Report on horse surra - Volume I
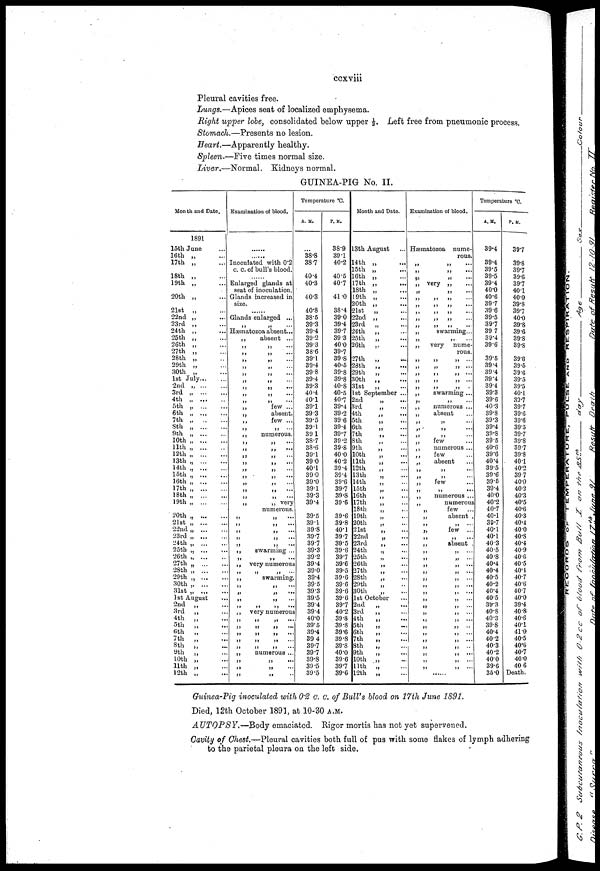
ccxviii
Pleural cavities free.
Lungs.—Apices seat of localized emphysema.
Right upper lobe, consolidated below upper ⅓. Left free from pneumonic process.
Stomach.—Presents no lesion.
Heart.—Apparently healthy.
Spleen.—Five times normal size.
Liver.—Normal. Kidneys normal.
GUINEA-PIG No. II.
Month and Date.
1891
15th June
16th „
17th „
18th „
19th „
20th „
...
21st „
22nd
23rd „
24th „
25th „
26th „
27th „
28th „
29th „
30th „
1st July...
2nd „
3rd „
4th ,
5th „
6th
7th „
8th „
9th
10th ,
11th „
12th
13th „
14th „
15th „
16th „
17th
18th ,
19th ,
20th „
21st
22nd „
23rd „
24th „
25th „
26th ,
27th „
28th „
29th „
30th ,
31st „
1st August
2nd „
3rd
4th
„
5th
„
6th
„
7th
„
8th
„
9th
„
10th „
11th „
12th „
Examination of blood.
......
Inoculated with 0.2
c. c. of bull's blood.
Enlarged glands at
seat of inoculation.
Glands increased in
size.
Glands enlarged ...
„ „ ....
Hæmatozoa absent...
„
absent ...
„ „ ...
„ „ ....
„ „ ....
„ „
„ „ ...
„
„
....
„
„
...
„
„
...
„
„
...
„
few ...
„
absent.
„
few ...
„
„
„
numerous.
„ „ ....
„ „ ....
„
„
....
„
„
....
„
„
....
„
„
....
„
„
....
„ „ .....
„
„
....
„
„
very
numerous.
„
„
....
„
„
...
„
„
....
„
„
....
„
„
....
„
swarming ...
„ „ .....
„ very numerous
„
„
„
„
swarming.
„
„
....
„
„
....
„
„
....
„
„
„
....
„ very numerous
„
„
„
....
„
„
„
....
„
„
„
....
„
„
„
....
„
„
„
....
„
numerous ...
„
„
....
„
„
....
„
„
Temperature °C.
A. M.
...
38.8
38.7
40.4
40.3
40.3
40.8
38.5
39.3
39.4
39.2
39.3
38.6
39.1
39.4
39 8
39.4
39.3
40.4
40.1
39.1
39.3
39.5
39.1
39.1
38.7
38.6
39.1
39 0
40.1
39.0
39.0
39.1
39.3
39.4
39.5
39.1
39.8
39.7
39.7
39.3
39.2
39.4
39.0
39.4
39.5
39.3
39.5
39.4
39.4
40.0
39.5
39.4
39 4
39.7
39.7
39.8
39.5
39.5
P.M.
38.9
39.1
40.2
40.5
40.7
41.0
38.4
39.0
39.4
39.7
39.3
40.0
39.7
39.8
40.6
39.8
39.8
40.8
40.5
40.7
39.4
39.2
39.6
39.4
39.7
39.2
39.8
40.0
40.2
39.4
39.4
39.6
39.7
39.8
39.6
39.6
39.8
40.1
39.7
39.5
39.6
39.7
39.6
39.5
39.6
39.6
39.6
39.6
39.7
40.2
39.8
39.8
39.6
39.8
39.8
40.0
39.6
39.7
39.6
Month and Date.
13th August
14th „
15th „
16th „
17th „
18th „
19th „
20th „
21st
„
22nd „
23rd
„
24th
„
25th
„
26th
„
27th
„
28th
„
29th
„
30th
„
31st
„
1st September ...
2nd
„
3rd
4th
5th
6th
„
7th
8th
9th
„
10th
„
11th
„
12th
„
13th
„
14th
„
15th
„
16th
17th
18th
19th
„
20th
„
21st
22nd
„
23rd
„
24th
„
25th
„
26th
„
27th
28th
„
29th
„
30th
„
1st October
2nd
„
3rd
„
4th
„
5th
„
6th
„
7th
„
8th
9th
„
10th „
11th
„
12th
„
Examination of blood.
Hæmatozoa nume¬
rous.
„
„
„
„
...
„
....
„
...
„ very „
„
„
„
„
„
„
„
„
„
„
„
„
„
„
„
„
„
„
„
„
„
„
„
„
„
„
„
„
„
„
„
„
„
„
„
„
„
„
„
„
„
„
„
„
„
„
„
„
„
„
„
„
„
„
„
.....
„ „
„
„
....
„
„
...
„
„
„
„
...
swarming...
„
...
very nume
rous.
„
„
„
„
...
„
„
....
„
„
....
„
„
swarming ...
„
...
numerous ...
absent
„
...
„
....
„
....
few
numerous ...
few
absent
„
....
„
....
few
„
.....
numerous ...
numerous
few
absent .
„
....
few ...
„
....
absent .
„
....
„
....
„
...
„
....
„
„
....
„
....
„
„
„
....
„
....
„
..
„
„
....
„
„
...
„
...
„
...
Temperature °C.
A.M.
39.4
39.4
39.5
39.5
39.4
40.0
40.6
39.7
39.6
39.5
39.7
39 7
39.4
39.6
39.5
39.4
39 4
39.4
39.4
39.3
39.6
40.3
39.8
39.3
39.4
39.8
39.5
40.6
39.6
40.4
39.5
39.6
39.6
39.4
40.0
40.2
40.7
40.1
39.7
40.1
40.1
40.3
40.5
40.8
40.4
40.4
40.5
40.2
40.4
40.5
39.3
40.8
40.3
39.8
40.4
40.2
40.3
40.2
40.0
39.6
35.0
P.M.
39.7
39.8
39.7
39.6
39.7
40.1
40.0
39.3
39.7
40.0
39.8
39.6
39.8
39.8
39.6
39.5
39.6
39.5
39.5
40.1
39.7
39.7
39.6
39.6
39.5
39.7
39.8
39.7
39.8
40.1
40.2
39.7
40.0
40.2
40.3
40.5
40.6
40.3
40.4
40.0
40.8
40.4
40.9
40.6
40.5
40.4
40.7
40.6
40.7
40.0
39.4
40.8
40.6
40.1
41.0
40.5
40.6
40.7
40.0
40.6
Death.
Guinea-Pig inoculated with 0.2 c. c. of Bull's blood on 17th June 1891.
Died, 12th October 1891, at 10-30 A.M.
AUTOPSY.—Body emaciated. Rigor mortis has not yet supervened.
Cavity of Chest.—Pleural cavities both full of pus with some flakes of lymph adhering
to the parietal pleura on the left side.